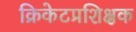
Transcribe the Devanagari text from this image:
क्रिकेटप्रशिक्षक